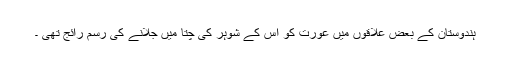
ہندوستان کے بعض علاقوں میں عورت کو اس کے شوہر کی چتا میں جلانے کی رسم رائج تھی ۔